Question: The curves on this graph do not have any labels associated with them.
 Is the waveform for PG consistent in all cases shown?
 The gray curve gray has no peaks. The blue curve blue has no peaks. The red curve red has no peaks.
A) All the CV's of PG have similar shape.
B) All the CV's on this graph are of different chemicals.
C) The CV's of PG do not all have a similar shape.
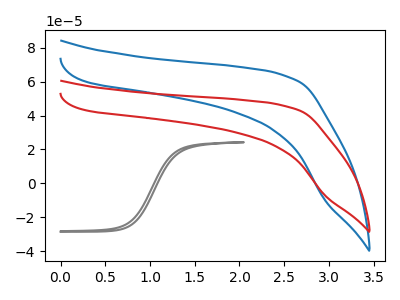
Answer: <think>Neither "gray" or "blue" have any peaks. Neither "gray" or "red" have any peaks. Neither "blue" or "red" have any peaks.
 </think>
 <answer>A) All the CV's of "PG" have similar shape.</answer>
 <eval>A</eval>